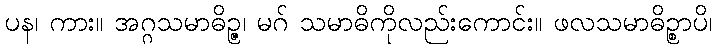
ပန၊ ကား။ အဂ္ဂသမာဓိဉ္ဇ၊ မဂ် သမာဓိကိုလည်းကောင်း။ ဖလသမာဓိဉ္စာပိ၊